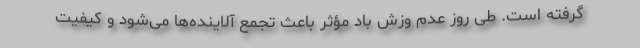
گرفته است. طی روز عدم وزش باد مؤثر باعث تجمع آلاینده‌ها می‌شود و کیفیت